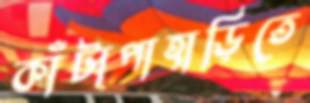
কাঁটাপাহাড়িতে